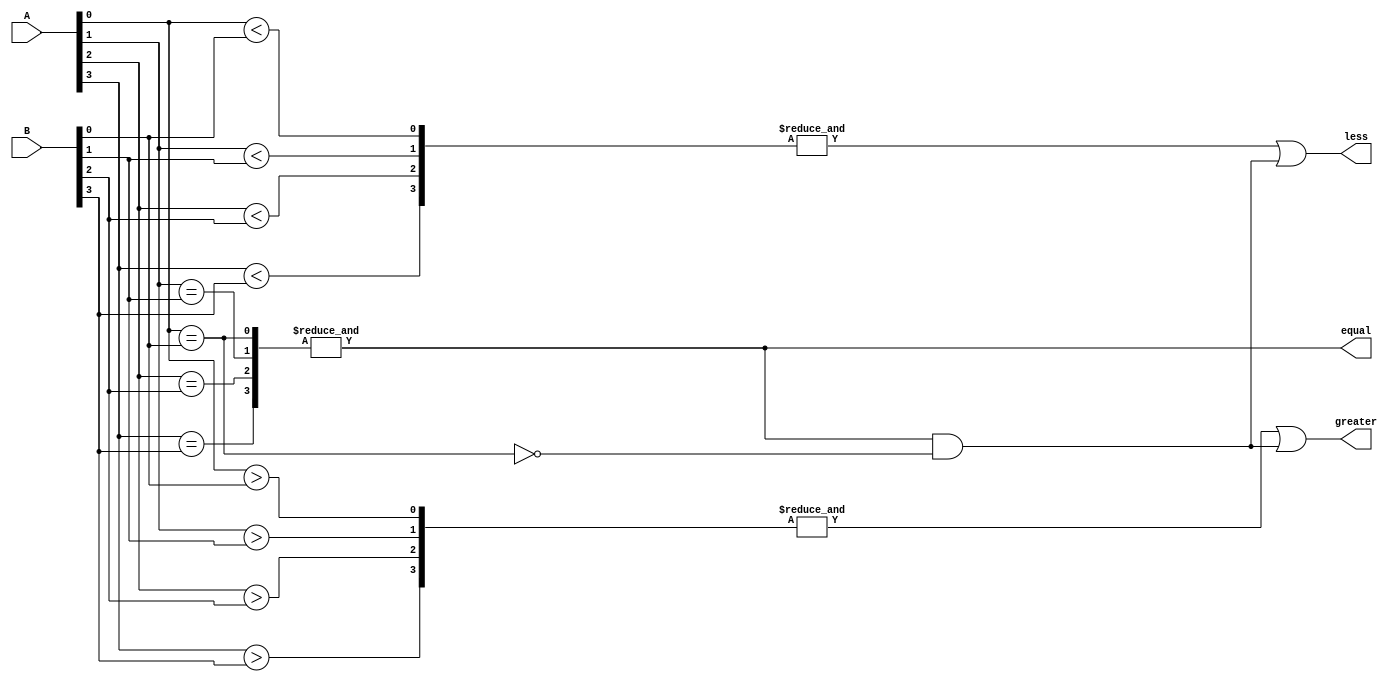
module parallel_comparator (
    input [3:0] A,
    input [3:0] B,
    output equal,
    output greater,
    output less
);

wire [3:0] equal_stage, greater_stage, less_stage;

// Define comparison logic for each stage
assign equal_stage[0] = (A[0] == B[0]);
assign greater_stage[0] = (A[0] > B[0]);
assign less_stage[0] = (A[0] < B[0]);

assign equal_stage[1] = (A[1] == B[1]);
assign greater_stage[1] = (A[1] > B[1]);
assign less_stage[1] = (A[1] < B[1]);

assign equal_stage[2] = (A[2] == B[2]);
assign greater_stage[2] = (A[2] > B[2]);
assign less_stage[2] = (A[2] < B[2]);

assign equal_stage[3] = (A[3] == B[3]);
assign greater_stage[3] = (A[3] > B[3]);
assign less_stage[3] = (A[3] < B[3]);

// Combine outputs of stages to determine final result
assign equal = &equal_stage;
assign greater = (&greater_stage) | ((&equal_stage) & (!equal_stage[0]));
assign less = (&less_stage) | ((&equal_stage) & (!equal_stage[0]));

endmodule